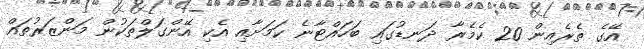
އޭގެ ތެރެއިން 20 ކެމެރާ ދަނޑުގައި ބަހައްޓާނެ ކަމަށާއި އެކި އޭންގަލްތަކުން މަންޒަރުތައް